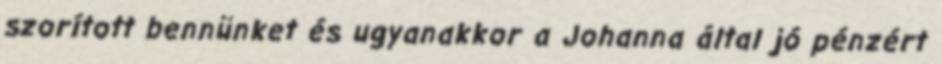
szorított bennünket és ugyanakkor a Johanna által jó pénzért